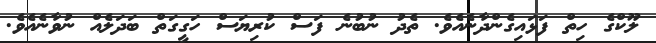
ލޫކްގެ ހިތް ފަޅައިގެންދާނެއެވެ. ތެދު ނުބުނެ ފަސް ކުރިޔަސް ހަގީގަތް ބަދަލެއް ނުވާނެއެވެ.